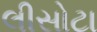
લીસોટા